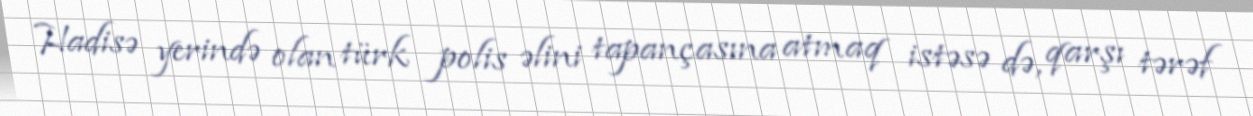
Hadisə yerində olan türk polis əlini tapançasına atmaq istəsə də, qarşı tərəf